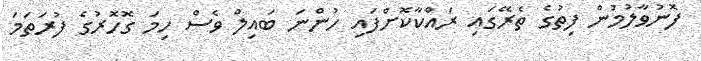
ފޮނުވާލުމުން ފިތުގެ ތެރޭގައި ރައްކާކޮށްފައި ހުންނަ ބައިލް ވެސް ހިމަ ގޮހޮރުގެ ފުރަތަމަ